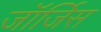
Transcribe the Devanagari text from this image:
जॉर्जिस